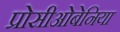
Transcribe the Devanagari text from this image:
प्रोसीओबेनिया